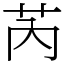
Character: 芮